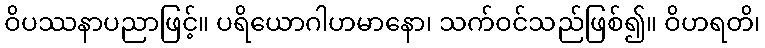
ဝိပဿနာပညာဖြင့်။ ပရိယောဂါဟမာနော၊ သက်ဝင်သည်ဖြစ်၍။ ဝိဟရတိ၊